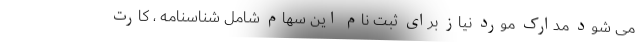
می شود مدارک مورد نیاز برای ثبت نام این سهام شامل شناسنامه ، کارت